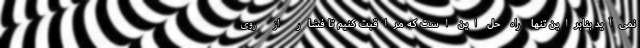
نمی‌آید بنابراین تنها راه حل این است که مراقبت کنیم تا فشار از روی